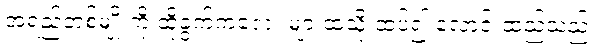
အရည်တစ်မျိုးကို ထိုခွက်ကလေး များထဲသို့ ထပ်၍ လောင်းထည့်သည်။